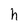
Character: h